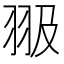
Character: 𦐏